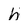
Character: h